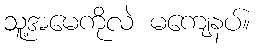
သူ့အမေကိုလဲ မကျေနပ်။